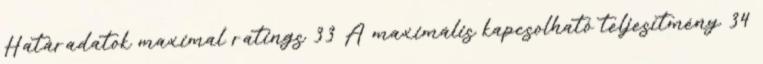
Határadatok maximal ratings 33 A maximális kapcsolható teljesítmény 34